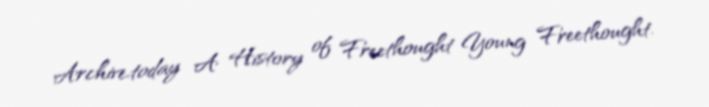
Archive.today A History of Freethought Young Freethought.